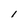
Character: l